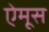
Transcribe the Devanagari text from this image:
ऐमूस